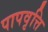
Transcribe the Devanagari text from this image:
पापवृत्ति